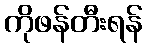
ကိုဖန်တီးရန်